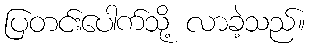
ပြတင်းပေါက်သို့ လာခဲ့သည်။